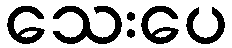
သေးပေ